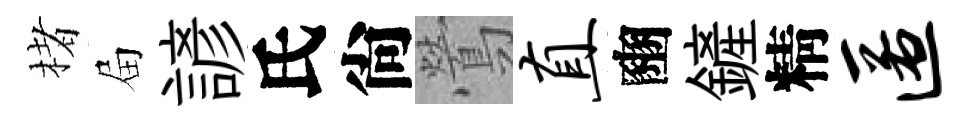
楮屇諺氏尙鶯直豳鏟精匿